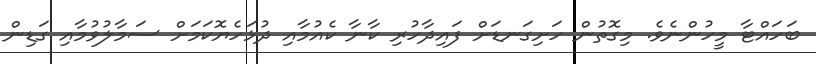
ބަހައްޓާ މީހުންނެވެ. މިގޮތުން ހަށިގަނޑަށް ފައިދާހުރި ކާނާ ކެއުމާއި ދުޅަހެޔޮކަމަށް ސަމާލުވުމާއި ގަޑިން